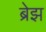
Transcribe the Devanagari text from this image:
ब्रेझ